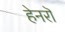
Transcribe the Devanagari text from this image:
हेनरॊ